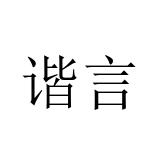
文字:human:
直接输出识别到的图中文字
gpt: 谐言